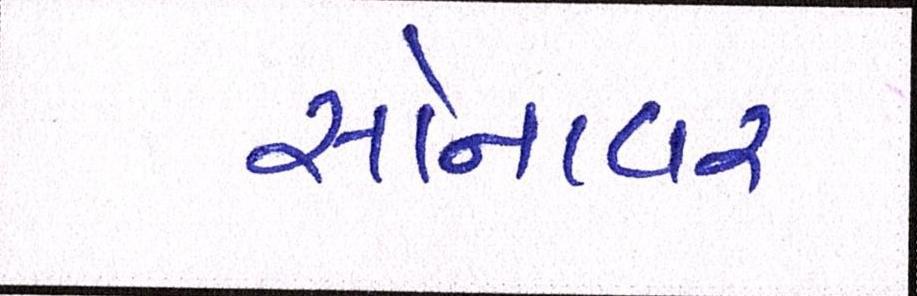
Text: સોનાવર